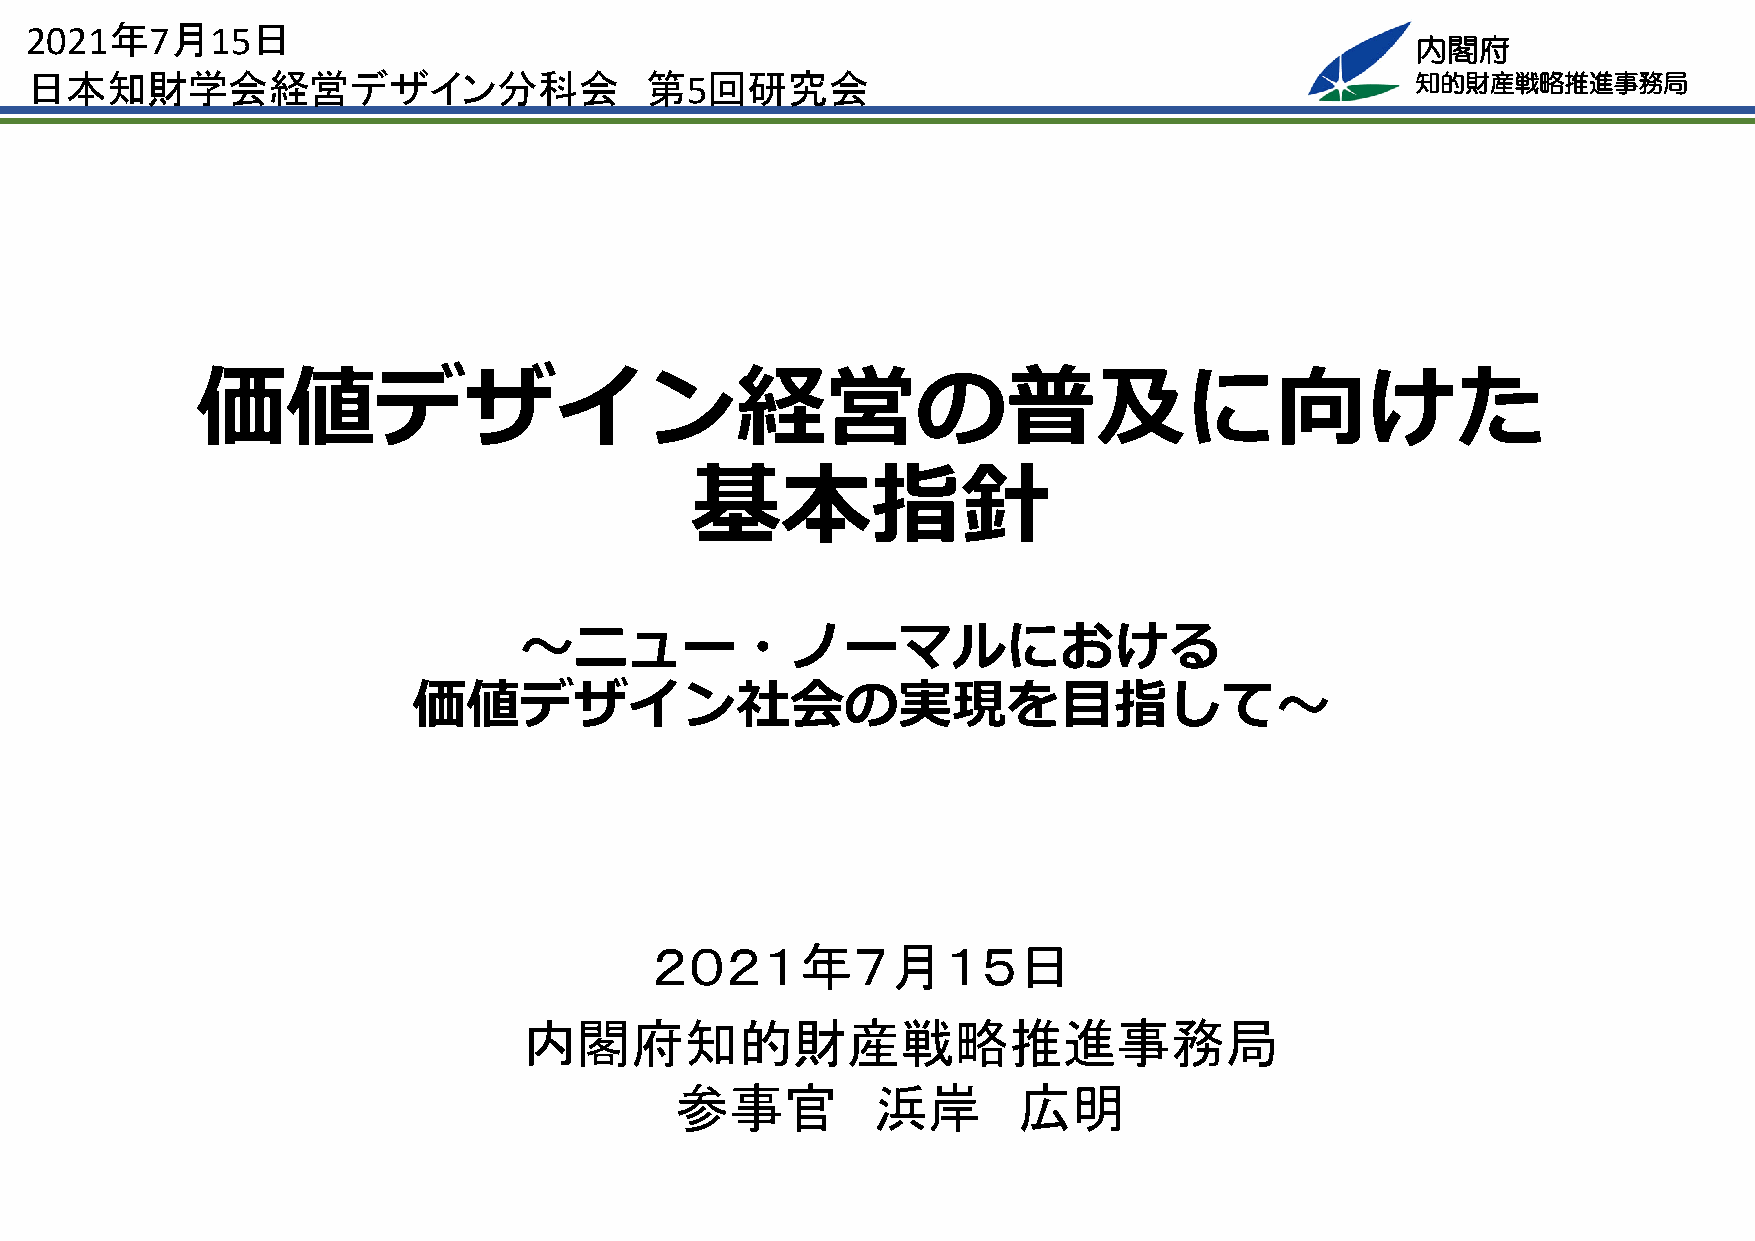
2021年7月15日
 内閣府
 日本知財学会経営デザイン分科会                          第5回研究会                                             知的財産戦略推進事務局
 価値デザイン経営の普及に向けた
 基本指針
 〜ニュー・ノーマルにおける
 価値デザイン社会の実現を⽬指して〜
 ２０２１年７月１５日
 内閣府知的財産戦略推進事務局
 参事官          浜岸       広明